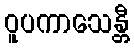
ဝူပကာသေန္တီ